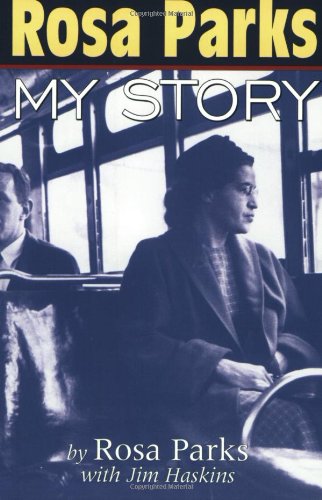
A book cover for Rosa Parks: My Story; Rosa Parks; Children's Books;